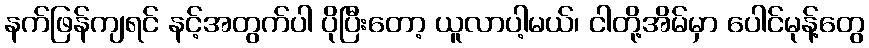
နက်ဖြန်ကျရင် နင့်အတွက်ပါ ပိုပြီးတော့ ယူလာပါ့မယ်၊ ငါတို့အိမ်မှာ ပေါင်မုန့်တွေ